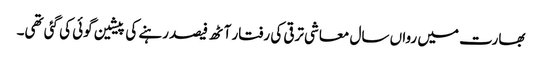
بھارت میں رواں سال معاشی ترقی کی رفتار آٹھ فیصد رہنے کی پیشین گوئی کی گئی تھی۔